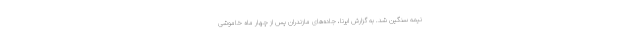
نیمه سنگین شد. به گزارش ایرنا، جاده‌های مازندران پس از چهار ماه خاموشی